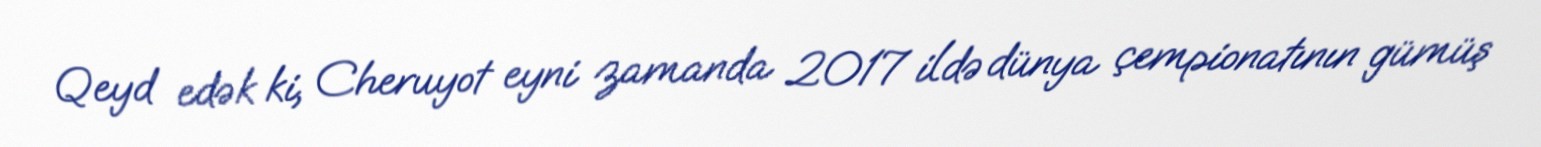
Qeyd edək ki, Cheruyot eyni zamanda 2017 ildə dünya çempionatının gümüş